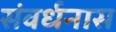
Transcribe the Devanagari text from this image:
संवर्धनास